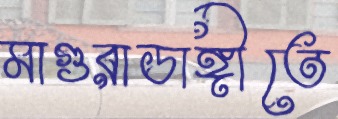
মাগুরাডাঙ্গীতে